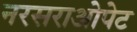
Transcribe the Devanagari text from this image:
नरसराओपेट